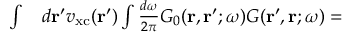
\begin{array} { r l } { \int } & { { } d \mathbf { r } ^ { \prime } v _ { \mathrm { x c } } ( \mathbf { r } ^ { \prime } ) \int \frac { d \omega } { 2 \pi } G _ { 0 } ( \mathbf { r } , \mathbf { r } ^ { \prime } ; \omega ) G ( \mathbf { r } ^ { \prime } , \mathbf { r } ; \omega ) = } \end{array}